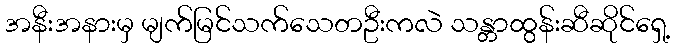
အနီးအနားမှ မျက်မြင်သက်သေတဦးကလဲ သန္တာထွန်းဆီဆိုင်ရှေ့